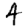
Digit: 4